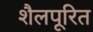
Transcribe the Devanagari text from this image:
शैलपूरित